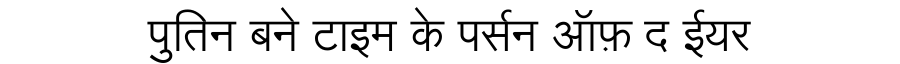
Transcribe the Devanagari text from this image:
पुतिन बने टाइम के पर्सन ऑफ़ द ईयर